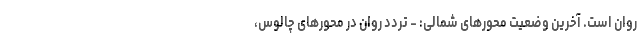
روان است. آخرین وضعیت محور‌های شمالی: - تردد روان در محور‌های چالوس،